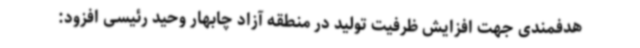
هدفمندی جهت افزایش ظرفیت تولید در منطقه آزاد چابهار وحید رئیسی افزود: